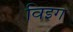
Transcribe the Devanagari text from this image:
विइग